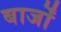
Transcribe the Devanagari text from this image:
बार्जों